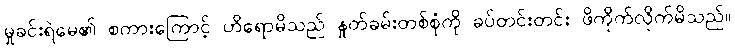
မှုခင်းရဲမေ၏ စကားကြောင့် ဟိရောမိသည် နှုတ်ခမ်းတစ်စုံကို ခပ်တင်းတင်း ဖိကိုက်လိုက်မိသည်။